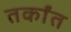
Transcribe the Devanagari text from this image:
तर्कांत